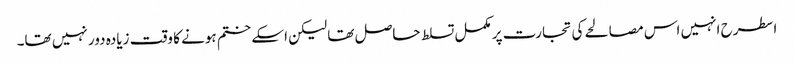
اسطرح انہیں اس مصالحے کی تجارت پر مکمل تسلط حاصل تھا لیکن اسکے ختم ہونے کا وقت زیادہ دور نہیں تھا۔